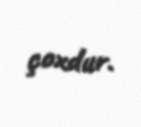
çoxdur.